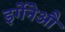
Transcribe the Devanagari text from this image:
इर्गेनेऔ